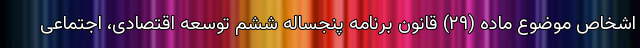
اشخاص موضوع ماده (۲۹) قانون برنامه پنجساله ششم توسعه اقتصادی، اجتماعی